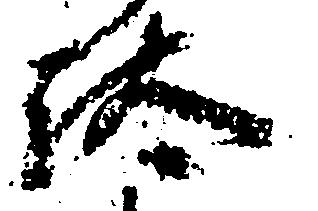
汰